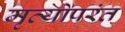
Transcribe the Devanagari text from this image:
मृत्योपरंत